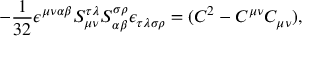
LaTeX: - \frac 1 { 3 2 } \epsilon ^ { \mu \nu \alpha \beta } { } S _ { \mu \nu } ^ { \tau \lambda } { } S _ { \alpha \beta } ^ { \sigma \rho } { } \epsilon _ { \tau \lambda \sigma \rho } = ( C ^ { 2 } - C ^ { \mu \nu } C _ { \mu \nu } ) ,